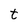
Character: t